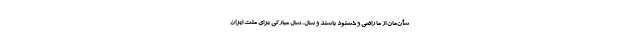
شّأن‌مان از ما راضی و خشنود باشند و سال، سال مبارکی برای ملّت ایران